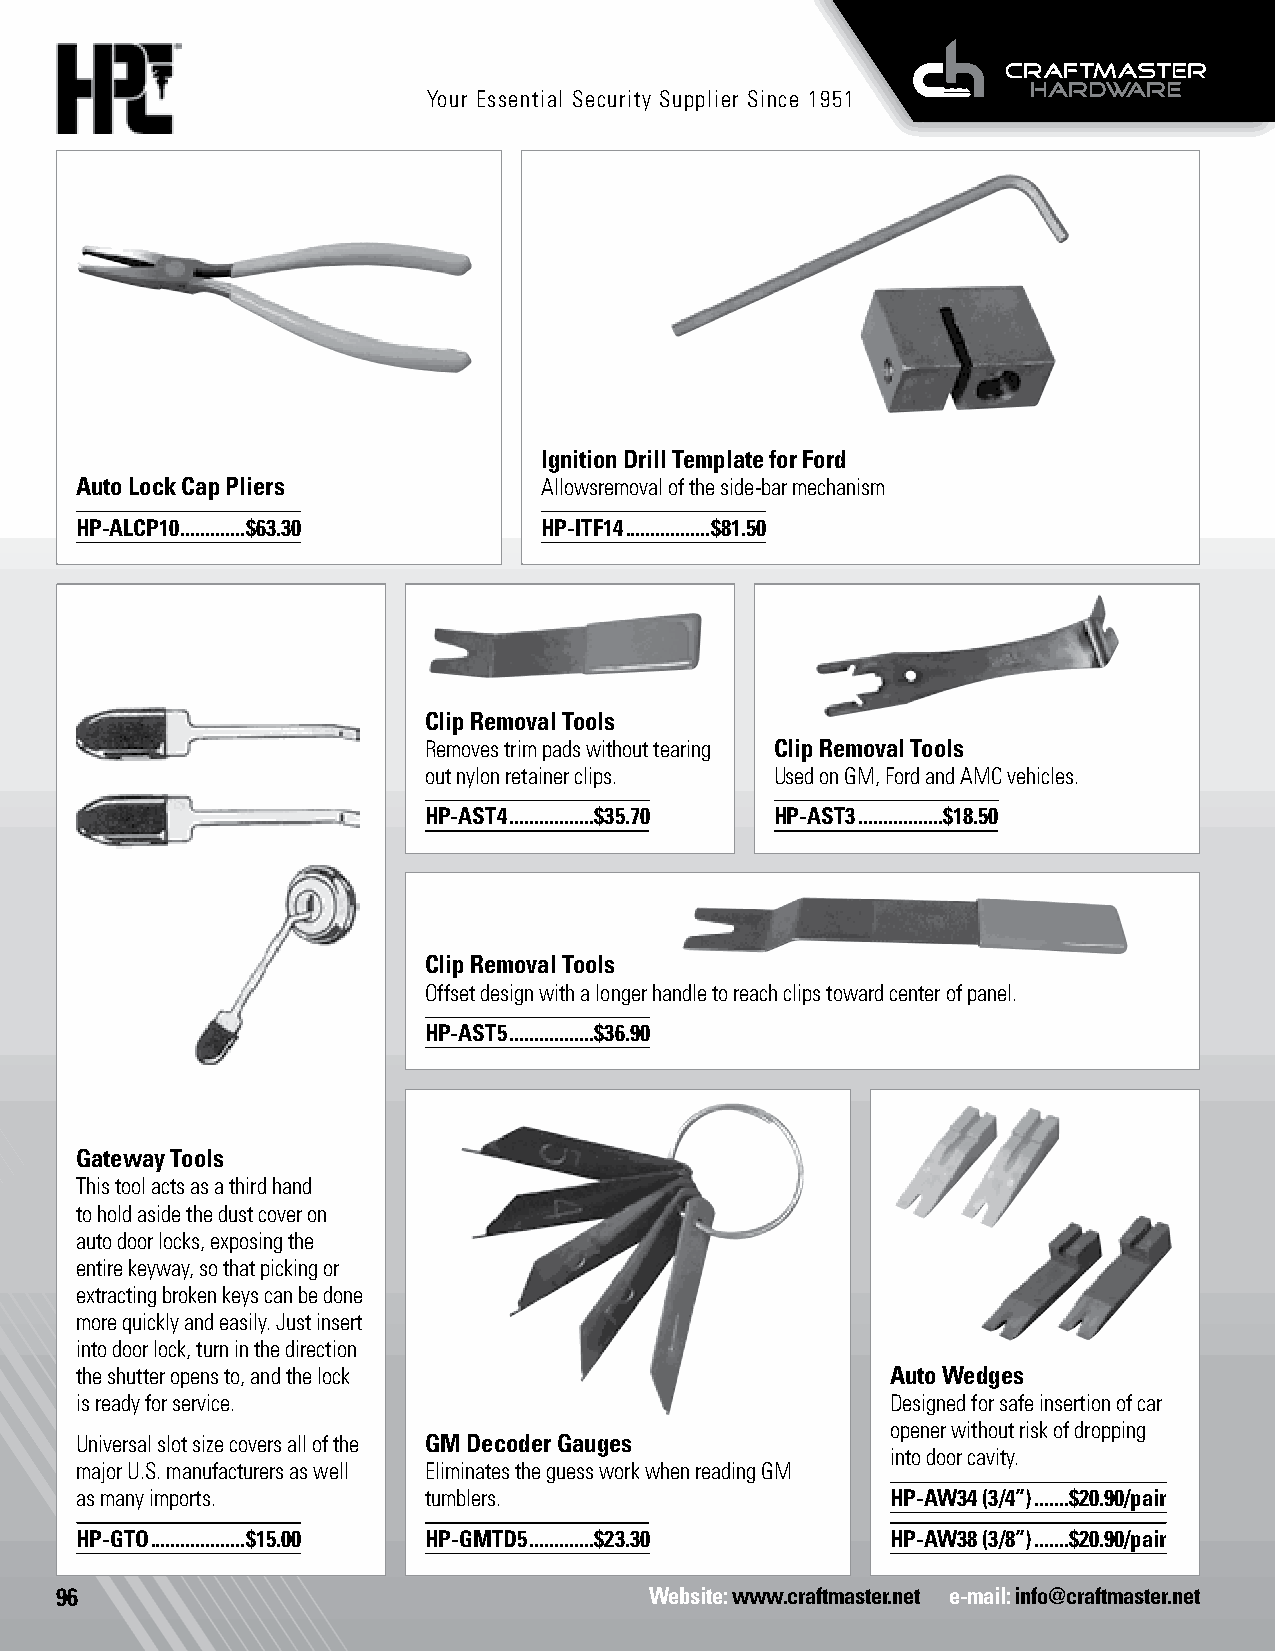
Your Essential Security Supplier Since 1951
 Ignition Drill Template for Ford
 Auto Lock Cap Pliers           Allowsremoval of the side-bar mechanism
 HP-ALCP10 .............$63.30  HP-ITF14 .................$81.50
 Clip Removal Tools
 Removes trim pads without tearing Clip Removal Tools
 out nylon retainer clips. Used on GM, Ford and AMC vehicles.
 HP-AST4 .................$35.70 HP-AST3 .................$18.50
 Clip Removal Tools
 Offset design with a longer handle to reach clips toward center of panel.
 HP-AST5 .................$36.90
 Gateway Tools
 This tool acts as a third hand
 to hold aside the dust cover on
 auto door locks, exposing the
 entire keyway, so that picking or
 extracting broken keys can be done
 more quickly and easily. Just insert
 into door lock, turn in the direction
 the shutter opens to, and the lock                    Auto Wedges
 is ready for service.                                 Designed for safe insertion of car
 opener without risk of dropping
 Universal slot size covers all of the GM Decoder Gauges
 into door cavity.
 major U.S. manufacturers as well Eliminates the guess work when reading GM
 as many imports.       tumblers.                      HP-AW34 (3/4”) .......$20.90/pair
 HP-GTO ...................$15.00 HP-GMTD5 .............$23.30 HP-AW38 (3/8”) .......$20.90/pair
 96                                     Website: www.craftmaster.net e-mail: info@craftmaster.net